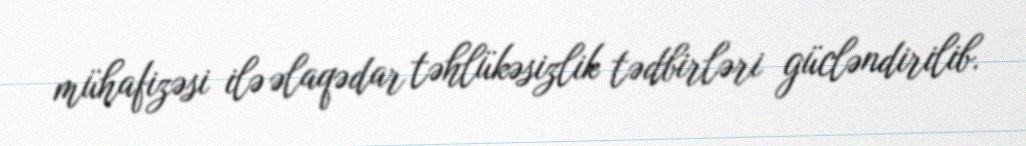
mühafizəsi ilə əlaqədar təhlükəsizlik tədbirləri gücləndirilib.